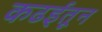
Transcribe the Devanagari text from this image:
कढईतून